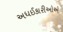
અધઈકારીઓએ